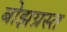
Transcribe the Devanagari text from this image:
बोझग्रस्त